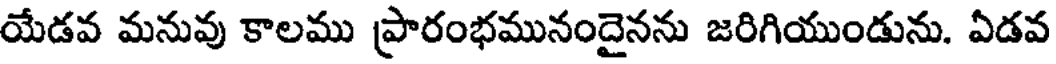
యేడవ మనువు కాలము ప్రారంభమునందైనను జరిగియుండును. ఏడవ